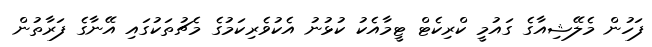
ފަހުން މެލޭޝިއާގެ ގައުމީ ކްރިކެޓް ޓީމާއެކު ކުޅުނު އެކުވެރިކަމުގެ މެޗުތަކުގައި އޭނާގެ ފަރާތުން